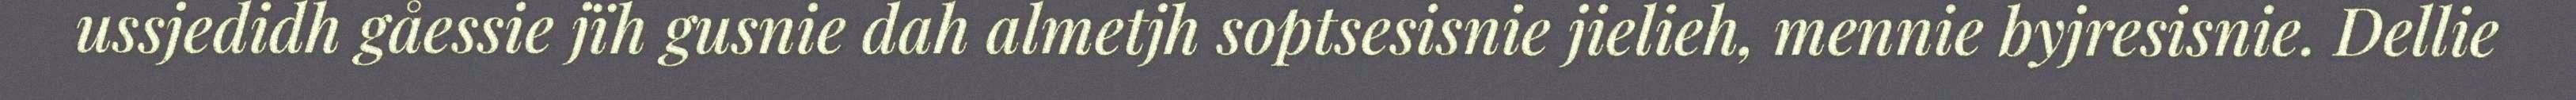
ussjedidh gåessie jïh gusnie dah almetjh soptsesisnie jielieh, mennie byjresisnie. Dellie